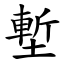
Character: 塹